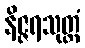
နိဇ္ဇရသုတ္တံ